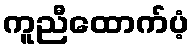
ကူညီထောက်ပံ့